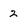
Character: 2